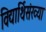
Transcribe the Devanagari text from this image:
विद्यार्थिसंख्या